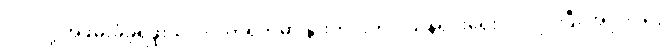
လုပ်လို့ အဖမ်းခံခဲ့ရဖူးသလို ပိတ်ရက်မှာ နွားတင်းကုပ် သန့်ရှင်းရေး ဝင်လုပ်ပြီး အပိုဝင်ငွေ